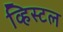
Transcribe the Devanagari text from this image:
व्हिस्टल